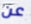
عن